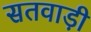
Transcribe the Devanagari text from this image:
सतवाड़ी